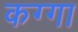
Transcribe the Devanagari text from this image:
कग्गा